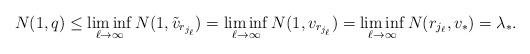
LaTeX: \begin{align*}N(1, q) \le \liminf_{\ell \to \infty} N(1, \tilde v_{r_{j_\ell}}) = \liminf_{\ell \to \infty} N(1, v_{r_{j_\ell}}) = \liminf_{\ell \to \infty} N(r_{j_\ell}, v_{*}) = \lambda_*. \end{align*}